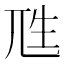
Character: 𰍭